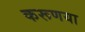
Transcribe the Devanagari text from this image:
करूणया